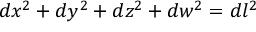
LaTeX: d x ^ { 2 } + d y ^ { 2 } + d z ^ { 2 } + d w ^ { 2 } = d l ^ { 2 }